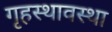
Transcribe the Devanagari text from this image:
गृहस्थावस्था